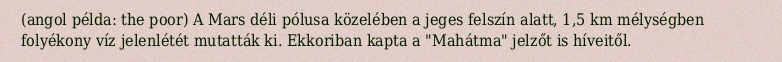
(angol példa: the poor) A Mars déli pólusa közelében a jeges felszín alatt, 1,5 km mélységben folyékony víz jelenlétét mutatták ki. Ekkoriban kapta a "Mahátma" jelzőt is híveitől.